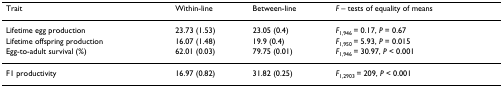
<table><thead><tr><td><b>Trait</b></td><td><b>Within-line</b></td><td><b>Between-line</b></td><td><b><i>F </i>– tests of equality of means</b></td></tr></thead><tbody><tr><td>Lifetime egg production</td><td>23.73 (1.53)</td><td>23.05 (0.4)</td><td><i>F</i><sub>1,946 </sub>= 0.17, <i>P </i>= 0.67</td></tr><tr><td>Lifetime offspring production</td><td>16.07 (1.48)</td><td>19.9 (0.4)</td><td><i>F</i><sub>1,950 </sub>= 5.93, <i>P </i>= 0.015</td></tr><tr><td>Egg-to-adult survival (%)</td><td>62.01 (0.03)</td><td>79.75 (0.01)</td><td><i>F</i><sub>1,946 </sub>= 30.97, <i>P </i>&lt; 0.001</td></tr><tr><td>F1 productivity</td><td>16.97 (0.82)</td><td>31.82 (0.25)</td><td><i>F</i><sub>1,2903 </sub>= 209, <i>P </i>&lt; 0.001</td></tr></tbody></table>